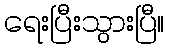
ရေးပြီးသွားပြီ။